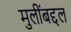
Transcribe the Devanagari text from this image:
मुलींबद्दल